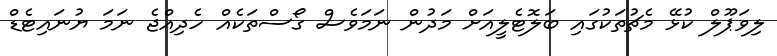
ލިވަޕޫލް ކުޅޭ މެޗުތަކުގައި ބަލޮޓެލީއަށް މަދުން ނަމަވެސް ގޯސްތަކެއް ހެދިއްޖެ ނަމަ ޔުނައިޓެޑް